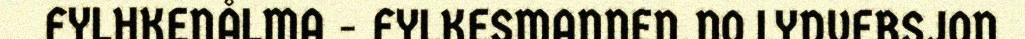
FYLHKENÅLMA - FYLKESMANNEN.NO LYDVERSJON